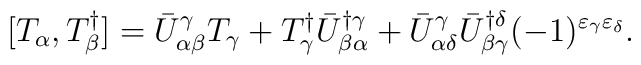
[T_\alpha,T^\dagger_\beta]=\bar{U}^\gamma_{\alpha\beta}T_\gamma+T^\dagger_\gamma\bar{U}^{\dagger\gamma}_{\beta\alpha}+\bar{U}^\gamma_{\alpha\delta}\bar{U}^{\dagger\delta}_{\beta\gamma}(-1)^{\varepsilon_\gamma\varepsilon_\delta}.